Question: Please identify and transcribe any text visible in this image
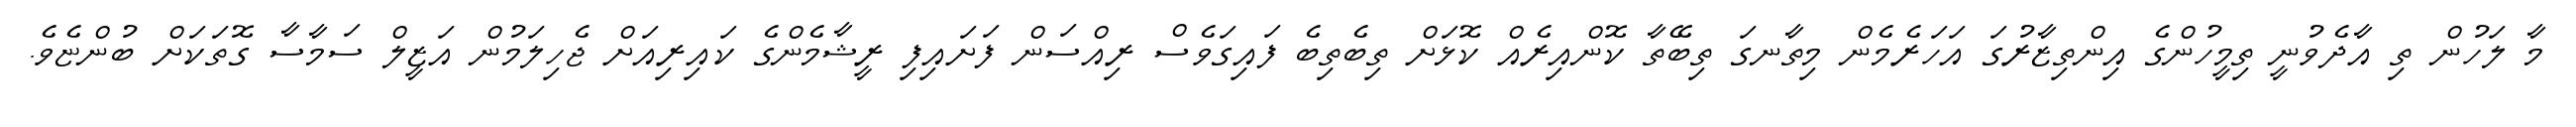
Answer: މާ ލަހުން ތި އާދެވުނީ ތިމީހުންގެ އިންތިޒާރުގަ އަހަރެމެން މިތާނގަ ތިބޭތާ ކޮންއިރެއް ކޮޅަށް ތިބެތިބެ ފައިގަވެސް ރިއްސަން ފަށައިފި ރީޝާމެންގެ ކައިރިއަށް ޖެހިލަމުން އަޒީލް ސަމާސާ ގޮތަކަށް ބުންޏެވެ.